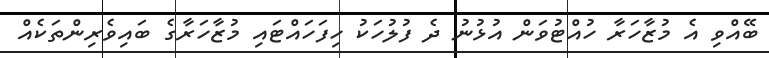
ބޭއްވި އެ މުޒާހަރާ ހުއްޓުވަން އުޅުނު ދެ ފުލުހަކު ހިފަހައްޓައި މުޒާހަރާގެ ބައިވެރިންތަކެއް